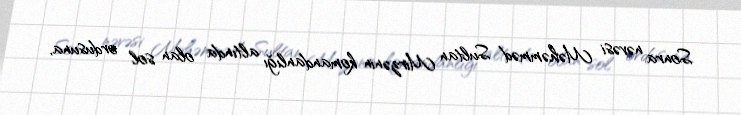
Sonra nəvəsi Məhəmməd Sultan Mirzənin komandanlığı altında olan sol ordusuna,